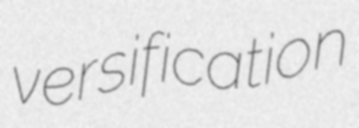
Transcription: versification